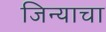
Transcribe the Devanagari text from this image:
जिन्याचा